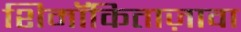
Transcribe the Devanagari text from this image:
शिमॉकिताज़ावा